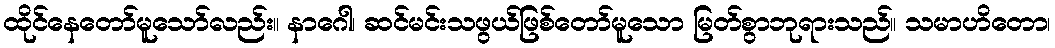
ထိုင်နေတော်မူသော်လည်း။ နာဂေါ၊ ဆင်မင်းသဖွယ်ဖြစ်တော်မူသော မြတ်စွာဘုရားသည်။ သမာဟိတော၊